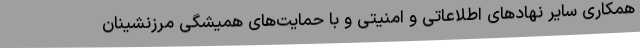
همکاری سایر نهادهای اطلاعاتی و امنیتی و با حمایت‌های همیشگی مرزنشینان